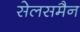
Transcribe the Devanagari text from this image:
सेलसमैन